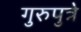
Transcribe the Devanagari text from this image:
गुरुपुत्रे